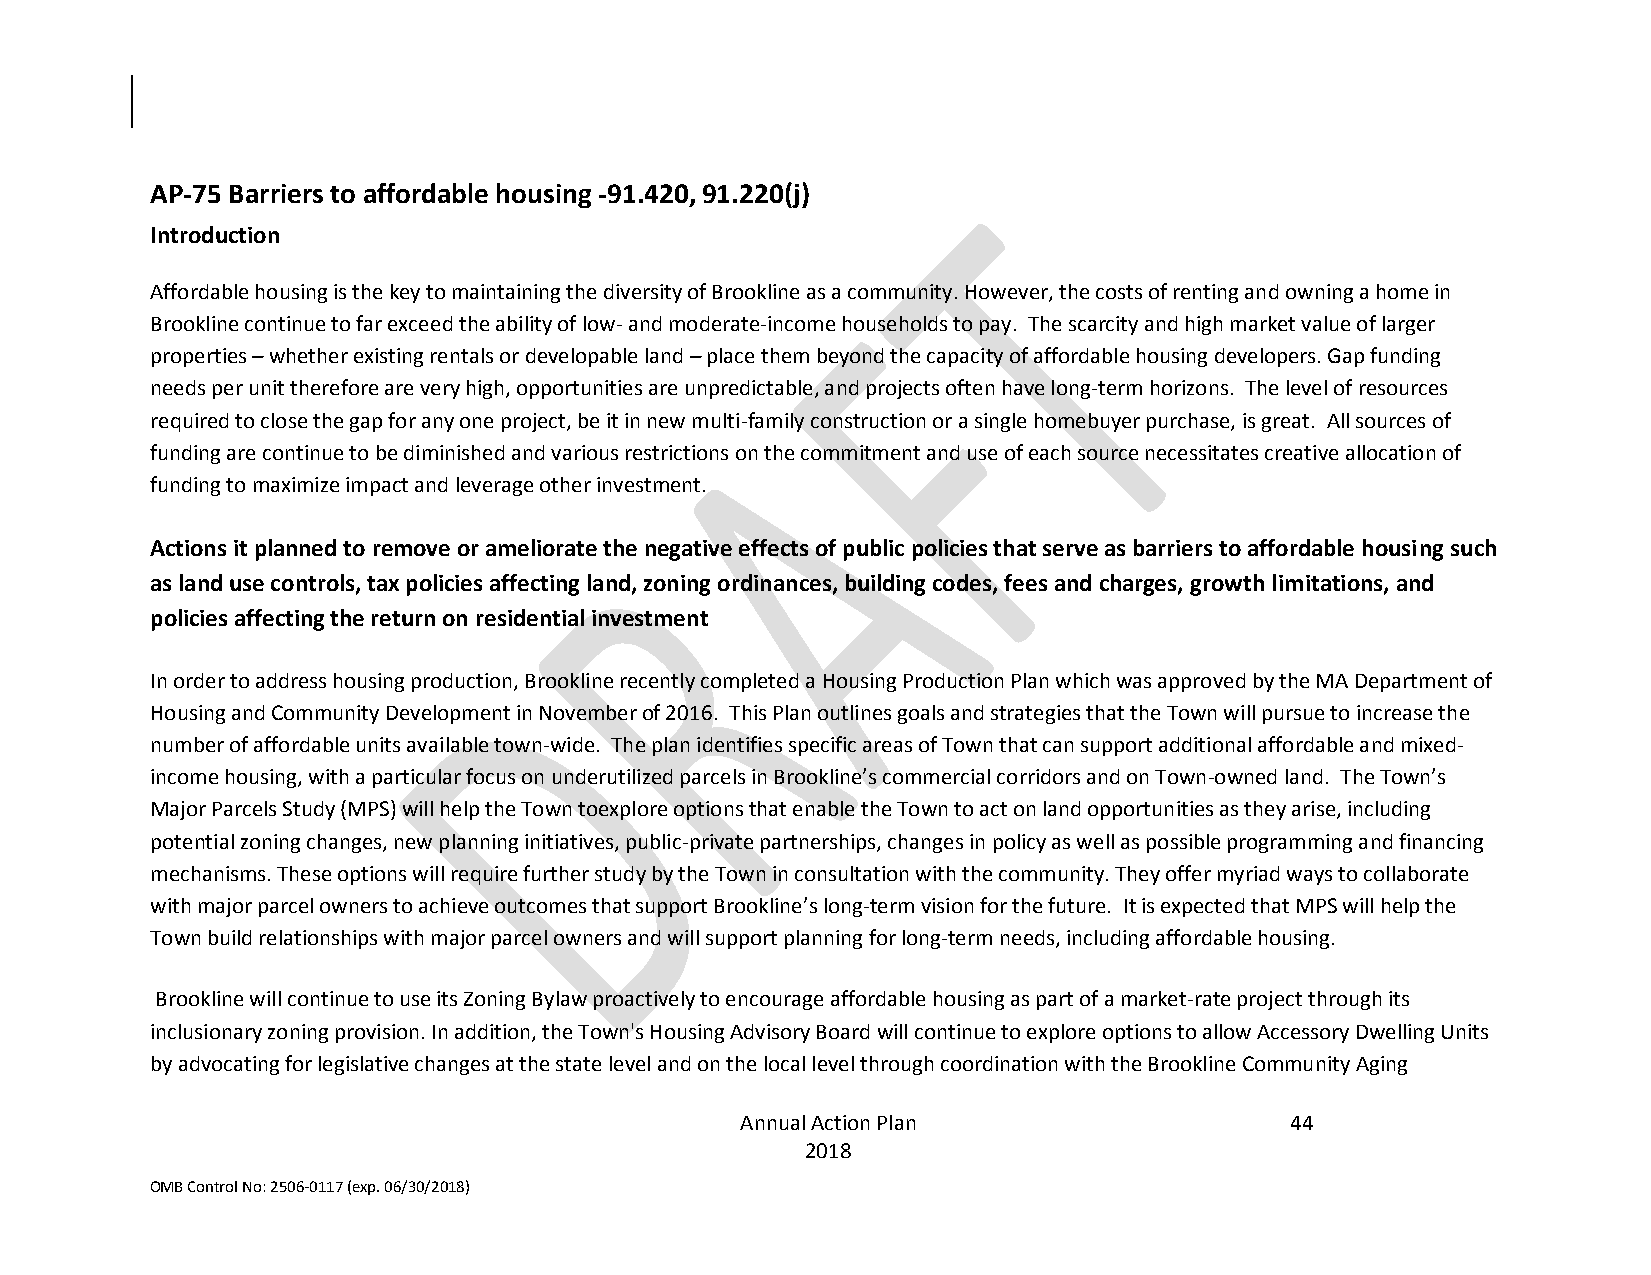
AP-75 Barriers to affordable housing -91.420, 91.220(j)
 Introduction
 Affordable housing is the key to maintaining the diversity of Brookline as a community. However, the costs of renting and owning a home in
 Brookline continue to far exceed the ability of low- and moderate-income households to pay. The scarcity and high market value of larger
 properties – whether existing rentals or developable land – place them beyond the capacity of affordable housing developers. Gap funding
 needs per unit therefore are very high, opportunities are unpredictable, and projects often have long-term horizons. The level of resources
 required to close the gap for any one project, be it in new multi-family construction or a single homebuyer purchase, is great. All sources of
 funding are continue to be diminished and various restrictions on the commitment and use of each source necessitates creative allocation of
 funding to maximize impact and leverage other investment.
 Actions it planned to remove or ameliorate the negative effects of public policies that serve as barriers to affordable housing such
 as land use controls, tax policies affecting land, zoning ordinances, building codes, fees and charges, growth limitations, and
 policies affecting the return on residential investment
 In order to address housing production, Brookline recently completed a Housing Production Plan which was approved by the MA Department of
 Housing and Community Development in November of 2016. This Plan outlines goals and strategies that the Town will pursue to increase the
 number of affordable units available town-wide. The plan identifies specific areas of Town that can support additional affordable and mixed-
 income housing, with a particular focus on underutilized parcels in Brookline’s commercial corridors and on Town-owned land. The Town’s
 Major Parcels Study (MPS) will help the Town toexplore options that enable the Town to act on land opportunities as they arise, including
 potential zoning changes, new planning initiatives, public-private partnerships, changes in policy as well as possible programming and financing
 mechanisms. These options will require further study by the Town in consultation with the community. They offer myriad ways to collaborate
 with major parcel owners to achieve outcomes that support Brookline’s long-term vision for the future. It is expected that MPS will help the
 Town build relationships with major parcel owners and will support planning for long-term needs, including affordable housing.
 Brookline will continue to use its Zoning Bylaw proactively to encourage affordable housing as part of a market-rate project through its
 inclusionary zoning provision. In addition, the Town's Housing Advisory Board will continue to explore options to allow Accessory Dwelling Units
 by advocating for legislative changes at the state level and on the local level through coordination with the Brookline Community Aging
 Annual Action Plan                  44
 2018
 OMB Control No: 2506-0117 (exp. 06/30/2018)